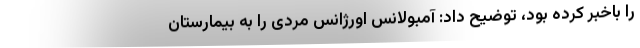
را باخبر کرده بود، توضیح داد: آمبولانس اورژانس مردی را به بیمارستان